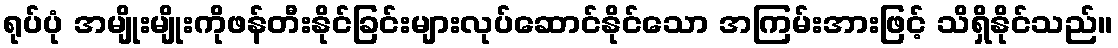
ရုပ်ပုံ အမျိုးမျိုးကိုဖန်တီးနိုင်ခြင်းများလုပ်ဆောင်နိုင်သော အကြမ်းအားဖြင့် သိရှိနိုင်သည်။